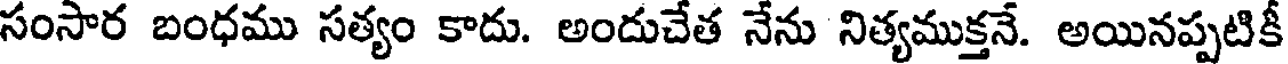
సంసార బంధము సత్యం కాదు. అందుచేత నేను నిత్యముక్తనే. అయినప్పటికీ